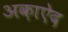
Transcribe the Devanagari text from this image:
अक़ाऐद